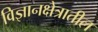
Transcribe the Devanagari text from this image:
विज्ञानक्षेत्रातील